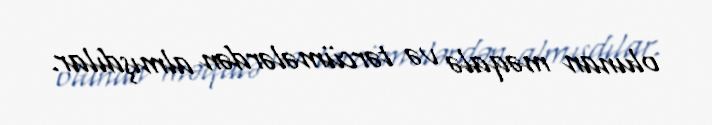
olunan məqalə və tərcümələrdən almışdılar.